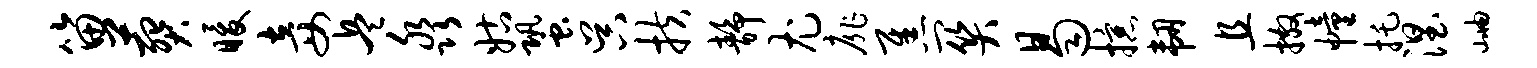
笛葬暖妾兵淼姑蛩吴扶静尤扉焦关曷掠韧且撒幢托涅岫